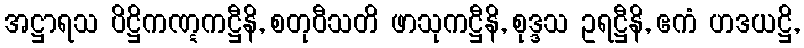
အဋ္ဌာရသ ပိဋ္ဌိကဏ္ဋကဋ္ဌီနိ, စတုဝီသတိ ဖာသုကဋ္ဌီနိ, စုဒ္ဒသ ဥရဋ္ဌီနိ, ဧကံ ဟဒယဋ္ဌိ,